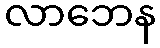
လာဘေန